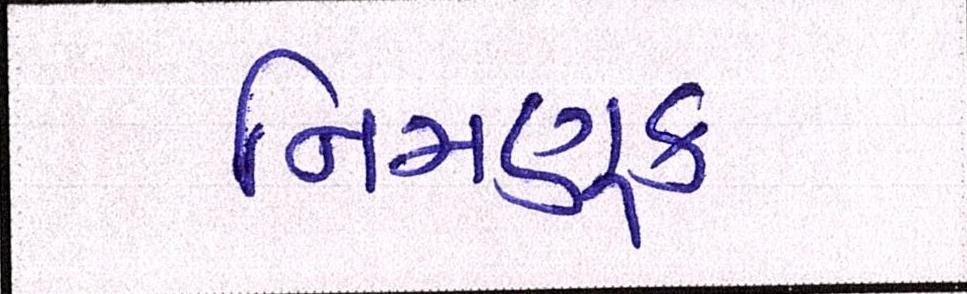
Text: નિમણૂક